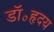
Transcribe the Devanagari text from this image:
डॉ॰हृदय